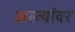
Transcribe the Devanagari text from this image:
अस्त्यांवर